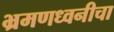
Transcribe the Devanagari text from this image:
भ्रमणध्वनीचा